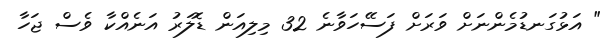
" އަޅުގަނޑުމެންނަށް ވަރަށް ފަސޭހަވާނެ 32 މިލިއަން ޑޮލަރު އަނެއްކާ ވެސް ޖަހާ